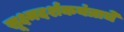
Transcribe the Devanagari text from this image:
सूक्ष्मदर्शकयंत्राचे